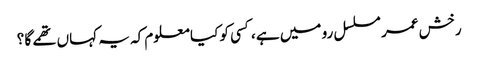
رخش عمر مسلسل رو میں ہے ،کسی کو کیا معلوم کہ یہ کہاں تھمے گا ؟